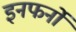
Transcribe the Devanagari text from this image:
इनफर्नो